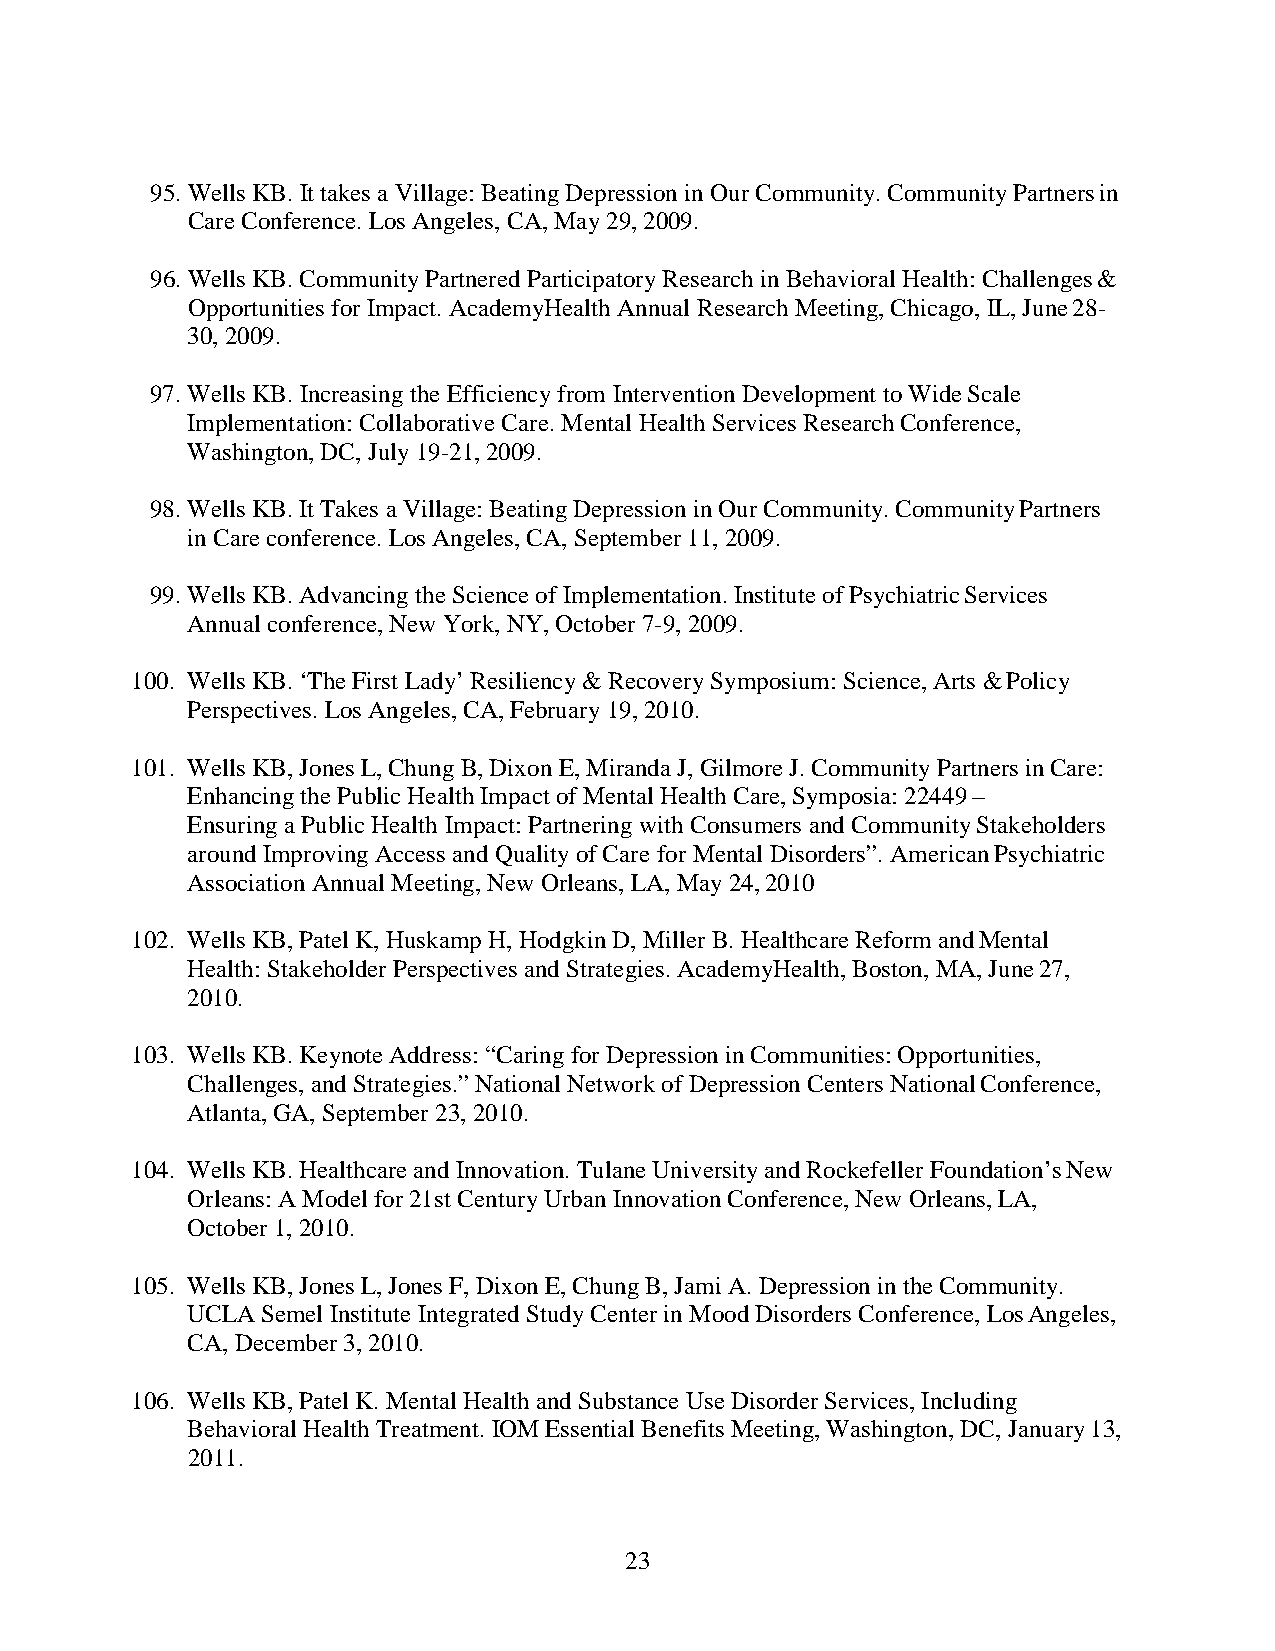
95. Wells KB. It takes a Village: Beating Depression in Our Community. Community Partners in
 Care Conference. Los Angeles, CA, May 29, 2009.
 96. Wells KB. Community Partnered Participatory Research in Behavioral Health: Challenges &
 Opportunities for Impact. AcademyHealth Annual Research Meeting, Chicago, IL, June 28-
 30, 2009.
 97. Wells KB. Increasing the Efficiency from Intervention Development to Wide Scale
 Implementation: Collaborative Care. Mental Health Services Research Conference,
 Washington, DC, July 19-21, 2009.
 98. Wells KB. It Takes a Village: Beating Depression in Our Community. Community Partners
 in Care conference. Los Angeles, CA, September 11, 2009.
 99. Wells KB. Advancing the Science of Implementation. Institute of Psychiatric Services
 Annual conference, New York, NY, October 7-9, 2009.
 100. Wells KB. ‘The First Lady’ Resiliency & Recovery Symposium: Science, Arts & Policy
 Perspectives. Los Angeles, CA, February 19, 2010.
 101. Wells KB, Jones L, Chung B, Dixon E, Miranda J, Gilmore J. Community Partners in Care:
 Enhancing the Public Health Impact of Mental Health Care, Symposia: 22449 –
 Ensuring a Public Health Impact: Partnering with Consumers and Community Stakeholders
 around Improving Access and Quality of Care for Mental Disorders”. American Psychiatric
 Association Annual Meeting, New Orleans, LA, May 24, 2010
 102. Wells KB, Patel K, Huskamp H, Hodgkin D, Miller B. Healthcare Reform and Mental
 Health: Stakeholder Perspectives and Strategies. AcademyHealth, Boston, MA, June 27,
 2010.
 103. Wells KB. Keynote Address: “Caring for Depression in Communities: Opportunities,
 Challenges, and Strategies.” National Network of Depression Centers National Conference,
 Atlanta, GA, September 23, 2010.
 104. Wells KB. Healthcare and Innovation. Tulane University and Rockefeller Foundation’s New
 Orleans: A Model for 21st Century Urban Innovation Conference, New Orleans, LA,
 October 1, 2010.
 105. Wells KB, Jones L, Jones F, Dixon E, Chung B, Jami A. Depression in the Community.
 UCLA Semel Institute Integrated Study Center in Mood Disorders Conference, Los Angeles,
 CA, December 3, 2010.
 106. Wells KB, Patel K. Mental Health and Substance Use Disorder Services, Including
 Behavioral Health Treatment. IOM Essential Benefits Meeting, Washington, DC, January 13,
 2011.
 23